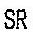
SR